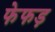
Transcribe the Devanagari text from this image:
फेफड़